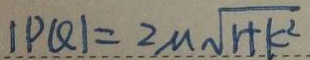
\vert P Q \vert = 2 M \sqrt { 1 + k ^ { 2 } }